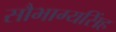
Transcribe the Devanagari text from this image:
सौभाग्यसिंह